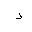
Letter: _dal